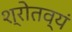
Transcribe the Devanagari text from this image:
श्रोतव्यं